Distribution and causation of leprosy in British India
Year: 1875
Disease focus: Leprosy
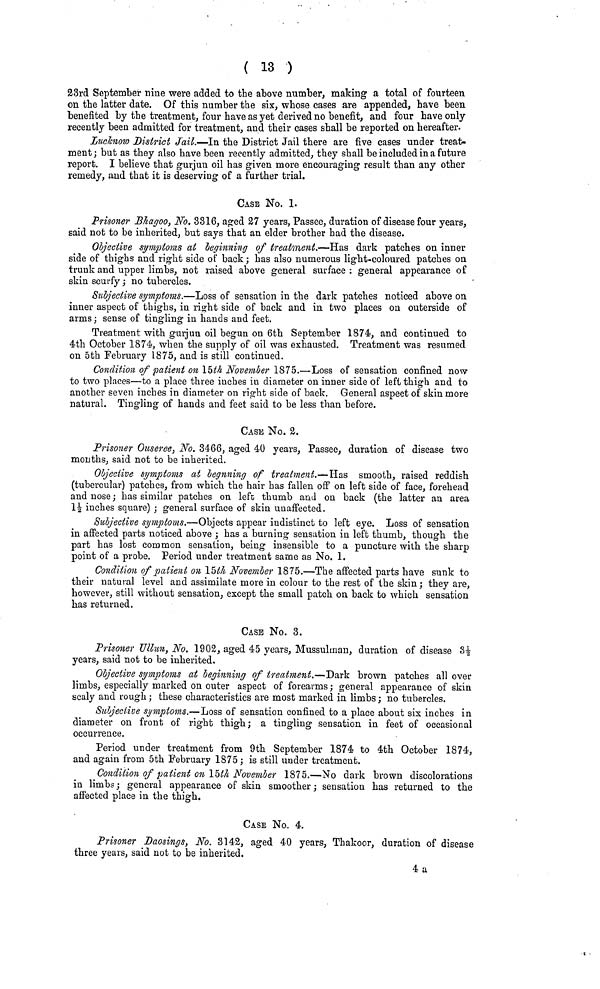
( 13 )
23rd September nine were added to the above number, making a total of fourteen
on the latter date. Of this number the six, whose cases are appended, have been
benefited by the treatment, four have as yet derived no benefit, and four have only
recently been admitted for treatment, and their cases shall be reported on hereafter.
Lucknow District Jail.—In the District Jail there are five cases under treat-
ment ; but as they also have been recently admitted, they shall be included in a future
report. I believe that gurjun oil has given more encouraging result than any other
remedy, and that it is deserving of a further trial.
CASE No. 1.
Prisoner Bhagoo, No. 3316, aged 27 years, Passée, duration of disease four years,
said not to be inherited, but says that an elder brother had the disease.
Objective symptoms at beginning of treatment.—Has dark patches on inner
side of thighs and right side of back ; lias also numerous light-coloured patches on
trunk and upper limbs, not raised above general surface: general appearance of
skin scurfy ; no tubercles.
Subjective symptoms.—Loss of sensation in the dark patches noticed above on
inner aspect of thighs, in right side of back and in two places on outerside of
arms; sense of tingling in hands aud feet.
Treatment with gurjun oil begun on 6th September 1874, and continued to
4th October 1874, when the supply of oil was exhausted. Treatment was resumed
on 5th February 1875, and is still continued.
Condition of patient on 15th November 1875.—Loss of sensation confined now
to two places—to a place three inches in diameter on inner side of left thigh and to
another seven inches in diameter on right side of back. General aspect of skin more
natural. Tingling of hands and feet said to be less than before.
CASE No. 2.
Prisoner Ouseree, No. 3466, aged 40 years, Passée, duration of disease two
months, said not to be inherited.
Objective symptoms at begnning of treatment.—Has smooth, raised reddish
(tubercular) patches, from which the hair has fallen off on left side of face, forehead
and nose ; has similar patches on left thumb and on back (the latter an area
1½ inches square) ; general surface of skin unaffected.
Subjective symptoms.—Objects appear indistinct to left eye. Loss of sensation
in affected parts noticed above ; has a burning sensation in left thumb, though the
part has lost common sensation, being insensible to a puncture with the sharp
point of a probe. Period under treatment same as No. 1.
Condition of patient on 15th November 1875.—The affected parts have sunk to
their natural level and assimilate more in colour to the rest of the skin ; they are,
however, still without sensation, except the small patch on back to which sensation
has returned.
CASE No. 3.
Prisoner Ullun, No. 1902, aged 45 years, Mussulman, duration of disease 3i
years, said not to be inherited.
Objective symptoms at beginning of treatment.—Dark brown patches all over
limbs, especially marked on outer aspect of forearms ; general appearance of skin
scaly and rough ; these characteristics are most marked in limbs ; no tubercles.
Subjective symptoms.—Loss of sensation confined to a place about six inches in
diameter on front of right thigh; a tingling sensation in feet of occasional
occurrence.
Period under treatment from 9th September 1874 to 4th October 1874,
and again from 5th February 1875 ; is still under treatment.
Condition of patient on 15th November 1875.—No dark brown discolorations
in limbs ; general appearance of skin smoother ; sensation has returned to the
affected place in the thigh.
CASE No. 4.
Prisoner Daosings, No. 3142, aged 40 years, Thakoor, duration of disease
three years, said not to be inherited.
4a